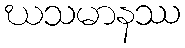
ဃသမာနဿ